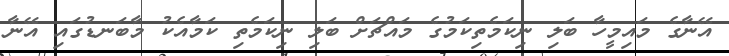
އޭނާގެ މައިމީހާ ބަލި ނިކަމެތިކަމުގެ މައްޗަށް ބަލި ނިކަމެތި ކަމާއެކު މާބަނޑުގައި އޭނާ